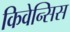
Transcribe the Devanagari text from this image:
किवेन्सिस